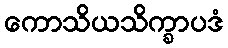
ကောသိယသိက္ခာပဒံ